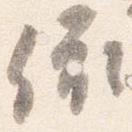
依